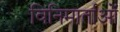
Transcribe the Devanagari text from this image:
विनिमार्ताओं